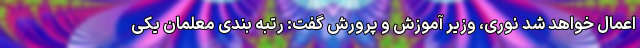
اعمال خواهد شد نوری، وزیر آموزش و پرورش گفت: رتبه بندی معلمان یکی